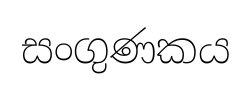
සංගුණකය